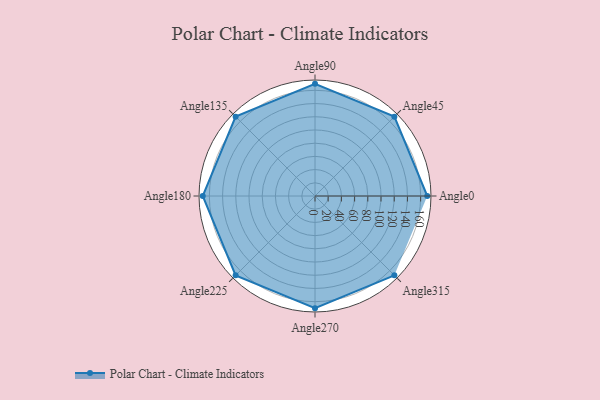
{"axis": {"x": "Angle", "y": "Radius"}, "legend": [""], "data": [{"x": "Angle0", "y": 170, "type": ""}, {"x": "Angle45", "y": 170, "type": ""}, {"x": "Angle90", "y": 170, "type": ""}, {"x": "Angle135", "y": 170, "type": ""}, {"x": "Angle180", "y": 170, "type": ""}, {"x": "Angle225", "y": 170, "type": ""}, {"x": "Angle270", "y": 170, "type": ""}, {"x": "Angle315", "y": 170, "type": ""}]}